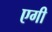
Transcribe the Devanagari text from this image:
एगी